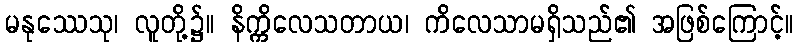
မနုဿေသု၊ လူတို့၌။ နိက္ကိလေသတာယ၊ ကိလေသာမရှိသည်၏ အဖြစ်ကြောင့်။